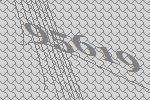
95619